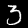
Digit: 3